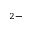
^ { 2 - }